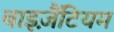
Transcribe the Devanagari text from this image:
बाइज़ैंटियम